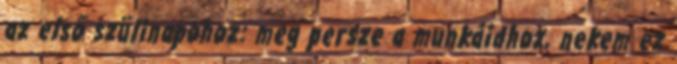
az első szülinapohoz: meg persze a munkáidhoz, nekem ez